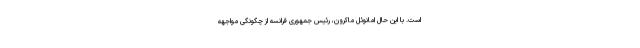
است. با این حال امانوئل ماکرون، رئیس جمهوری فرانسه از چگونگی مواجهه